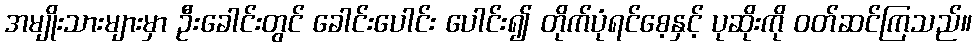
အမျိုးသားများမှာ ဦးခေါင်းတွင် ခေါင်းပေါင်း ပေါင်း၍ တိုက်ပုံရင်စေ့နှင့် ပုဆိုးကို ဝတ်ဆင်ကြသည်။